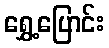
ရွှေ့ပြောင်း